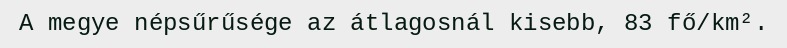
A megye népsűrűsége az átlagosnál kisebb, 83 fő/km².